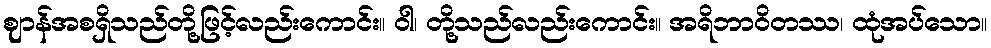
ဈာန်အစရှိသည်တို့ဖြင့်လည်းကောင်း။ ဝါ၊ တို့သည်လည်းကောင်း။ အရိဘာဝိတဿ၊ ထုံအပ်သော။